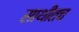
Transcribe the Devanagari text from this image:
साथीतच